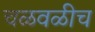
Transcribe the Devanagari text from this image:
चळवळीच